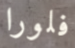
فلورا